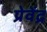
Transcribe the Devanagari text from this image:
प्रेवेंद्र